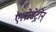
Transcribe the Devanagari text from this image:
एलोसेट्रोन्